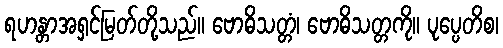
ရဟန္တာအရှင်မြတ်တို့သည်။ ဗောဓိသတ္တံ၊ ဗောဓိသတ္တကို။ ပုပ္ပေတိစ၊